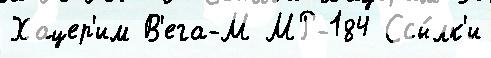
Хацер'им В'ега-М МР-184 Ссы́лк'и